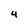
Character: 4